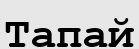
Тапай